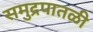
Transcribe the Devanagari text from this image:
समुद्रपातळी